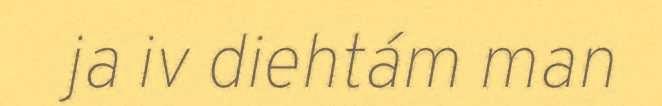
ja iv diehtám man